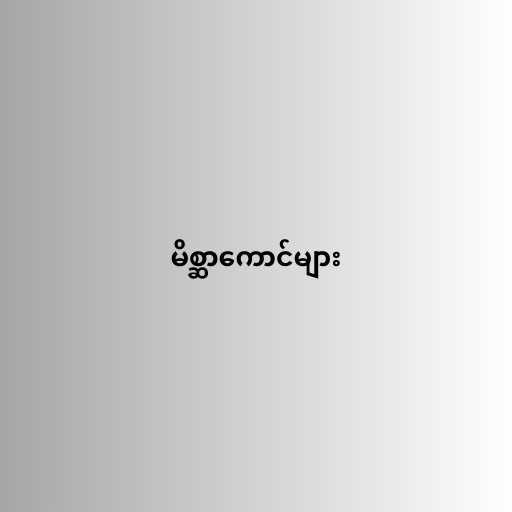
မိစ္ဆာကောင်များ